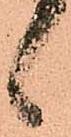
候